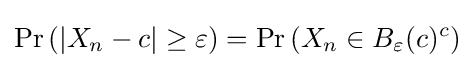
\operatorname {Pr} \left(|X_{n}-c|\geq \varepsilon \right)=\operatorname {Pr} \left(X_{n}\in B_{\varepsilon }(c)^{c}\right)